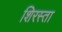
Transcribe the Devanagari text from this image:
शिरस्ता